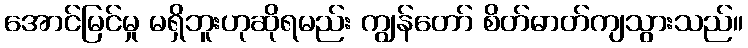
အောင်မြင်မှု မရှိဘူးဟုဆိုရမည်း ကျွန်တော် စိတ်ဓာတ်ကျသွားသည်။